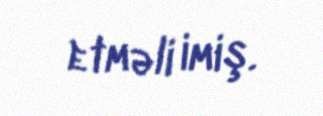
etməli imiş.